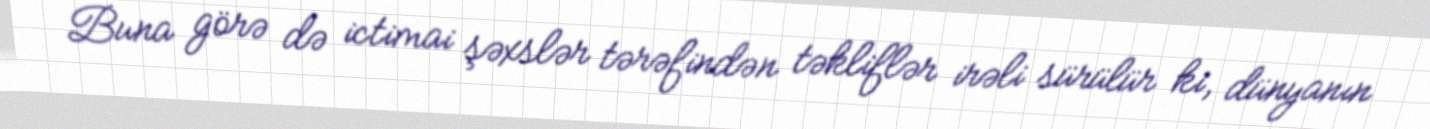
Buna görə də ictimai şəxslər tərəfindən təkliflər irəli sürülür ki, dünyanın